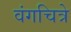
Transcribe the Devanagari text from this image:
वंगचित्रे